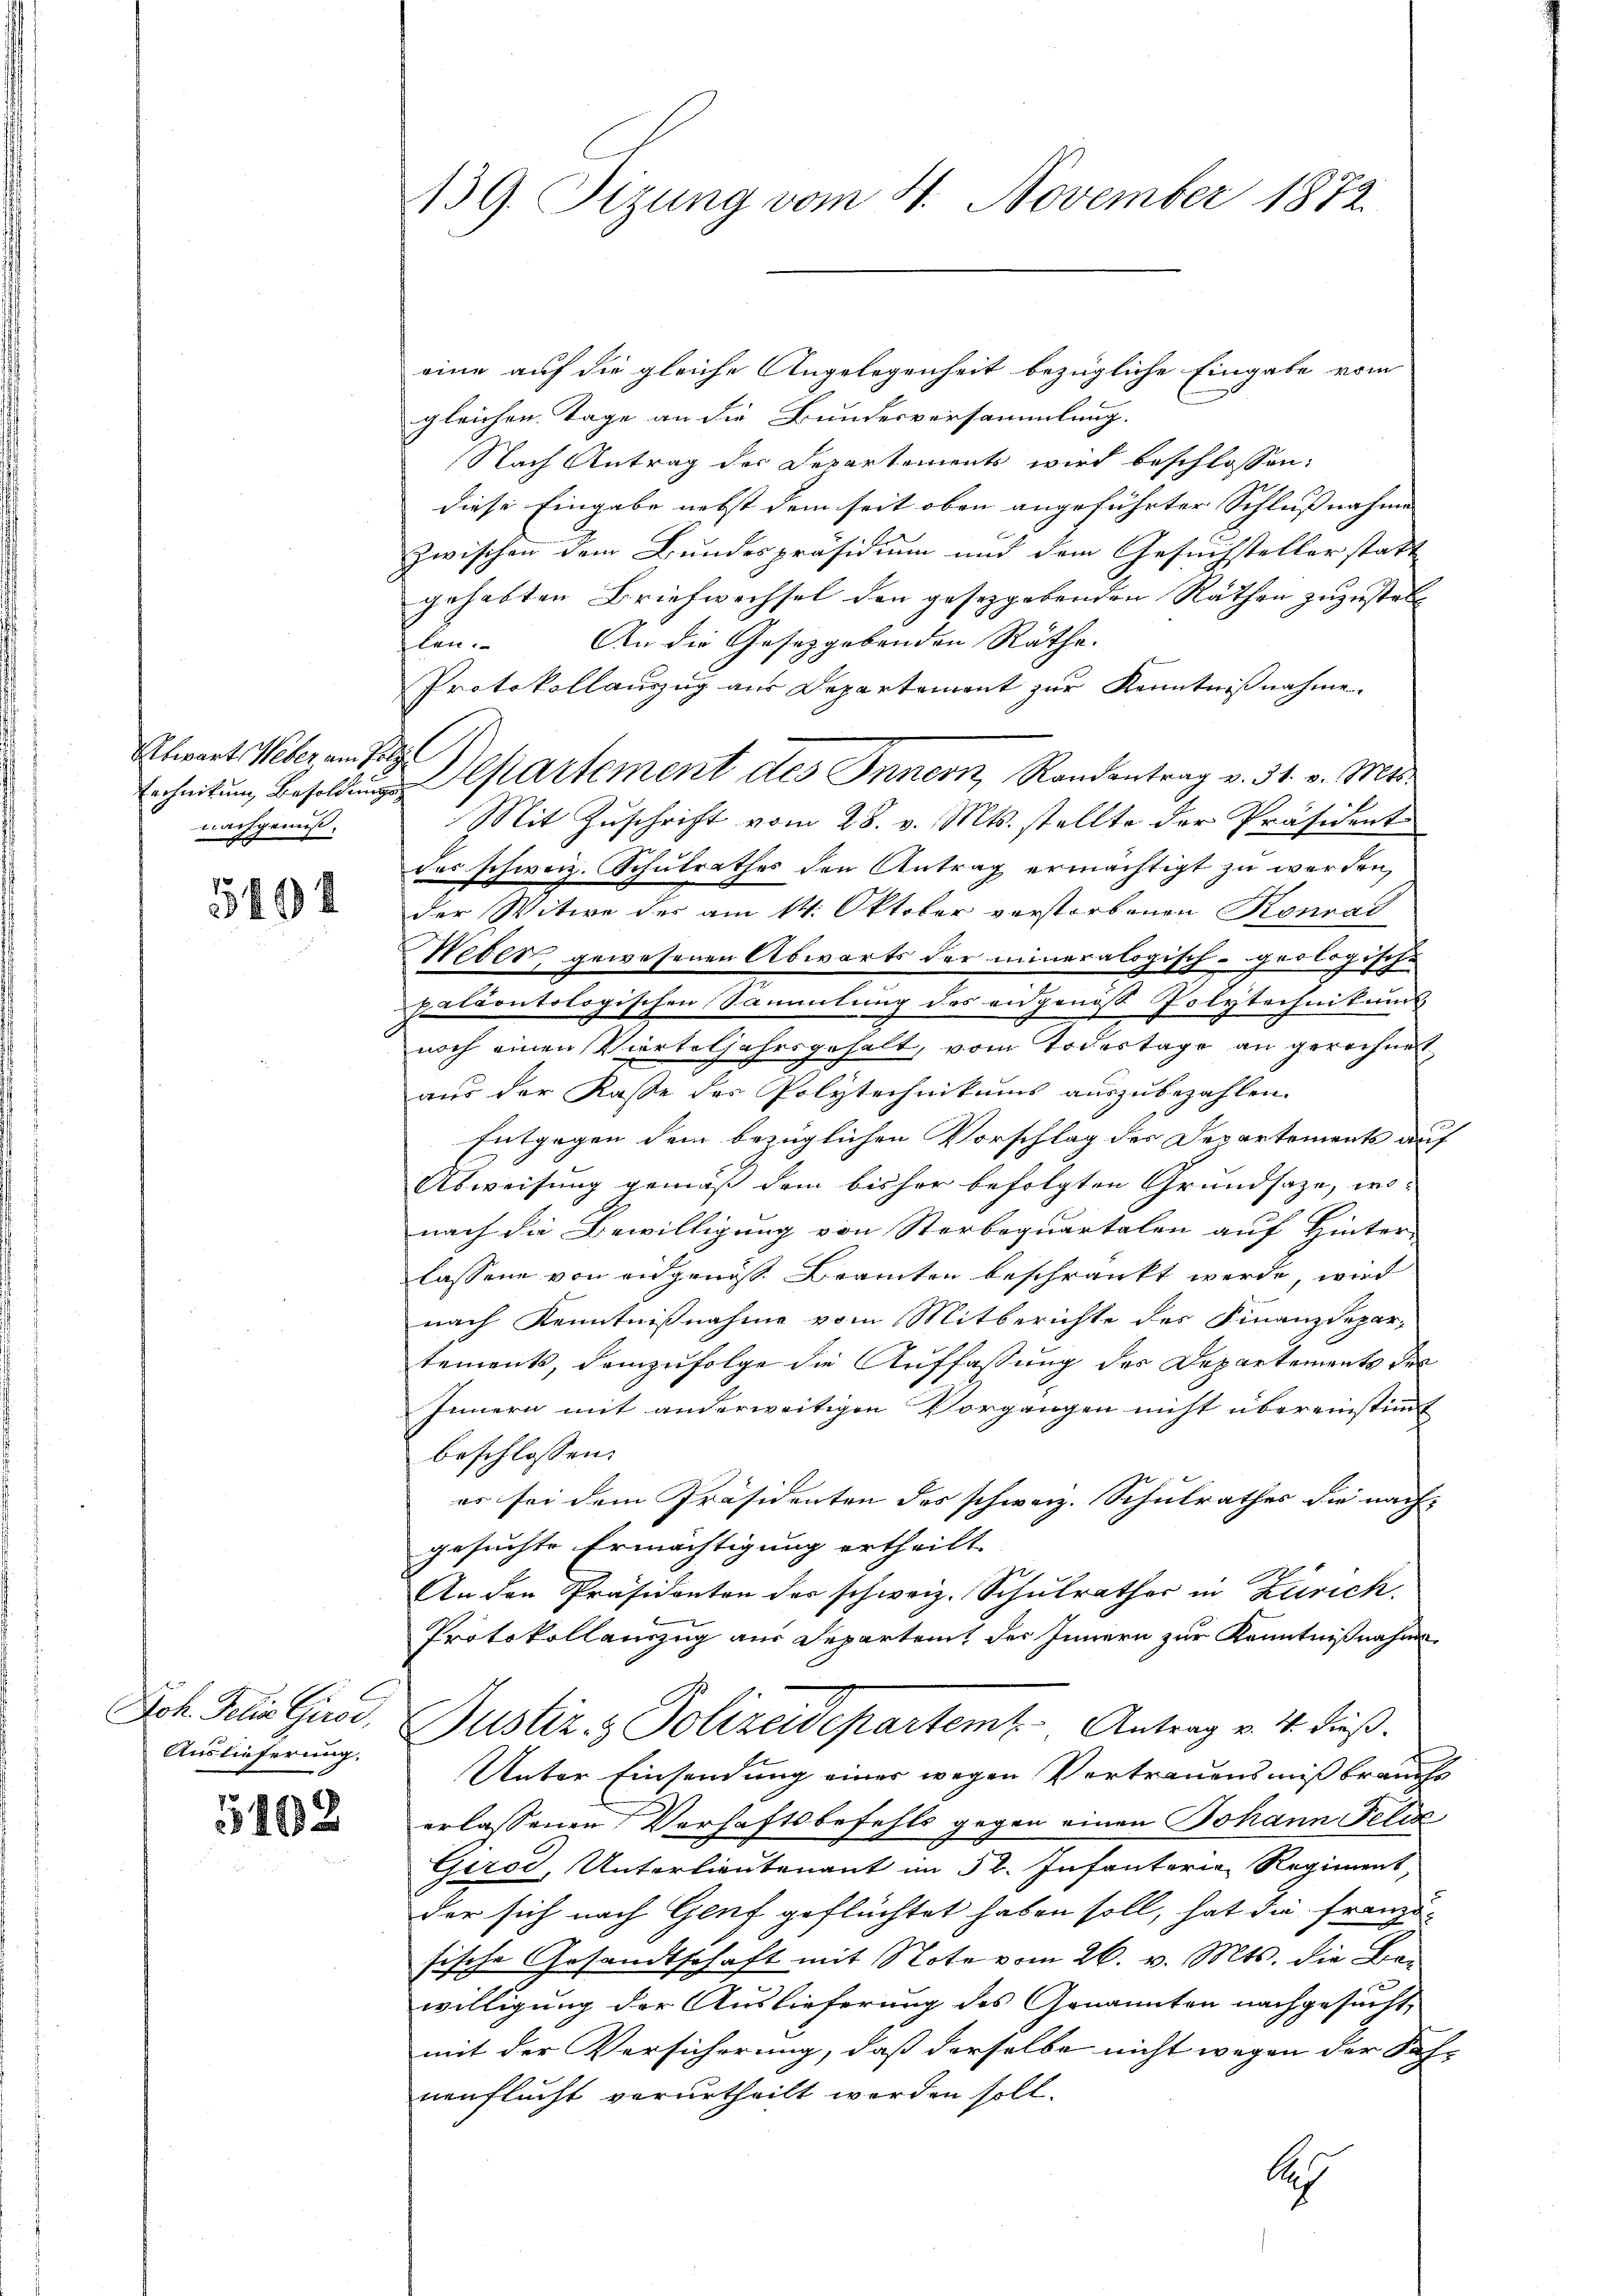
Rtwart Weber am Polzl
Erchnittung Besoldungs-
nachgenuß.

549

Joh. Felix Girse,
Auslieferung.

102

139. Sizung vom 4. November 1872.

¬

eine auf die gleiche Angelegenheit bezügliche Eingabe vom
gleichen Tage an die Bundesversammlung.
Nach Antrag der Departements wird beschlossen:
diese Eingabe nebst dem seit oben angeführter Schlussnahme
zwischen dem Bundespräsidium und dem Gesuchsteller statt
gehabten Briefwechsel den gesetzgebenden Räthen zuzustell
len. An die Gesetzgebenden Räthe. |
Protokollauszug aus Departement zŭr Kenntniβnahme.
Departement des Innern, Randentrag v. 31. v. Mts.
Mit Zuschrift vom 28. v. Mts. stellte der Präsident
der schweiz. Schulrathes den Antrag ermächtigt zu werden,
der Witwe der am 14. Oktober vorstorbenen Konrad
Weber, gewesenen Abwärts der mineralogisch-geologische
paläontologischen Sammlung des angenoß Polytechnikums
noch einen Vierteljahrsgehalt, vom Todestage an gerechnet
aus der Kasse des Polytechnikums auszubezahlen.
Entgegen dem bezüglichen Vorschlag des Departements auf
Abweisung gemäß dem bisher befolgten Grundsaze, wonach die Bewilligung von Sterboquartalen auf Hinter
lassene von eidgenoß. Beamten beschränkt werde, wird
nach Kenntnißnahme vom Mitberichte des Finanzdepar-
tements, demzufolge die Auffassung der Departements der
Innern mit anderweitigen Vorgangen nicht übereinstimmt
beschlossen:
es sei dem Präsidenten des schweiz. Schulrathes die nach-
gesuchte Ermächtigung ertheilt.
An den Präsidenten der schweiz. Schulrathes in Zürich.
Protokollanzug aus Departeit des Innern zur Kenntnißnahme
Justiz & Polizeidepartemt. Antrag v. 4. dieß.
Unter Einsendung einer wegen Vertrauensmißbrauchs
erlassenen Verhaftsbefehls gegen einen Johann Felix
Girod, Unterlieutenant im 52. Infanteria Regiment
der sich nach Genf geflüchtet haben soll, hat die Franzu-
sische Gesandtschaft mit Note vom 26. v. Mts. die Be-
willigung der Auslieferung des Genannten nachgesucht,
mit der Versicherung, daß derselbe nicht wegen der Sach-
nenflucht verurtheilt worden soll.
Ah